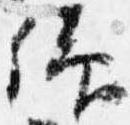
仰